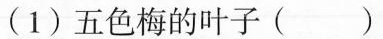
(1)五色梅的叶子( )